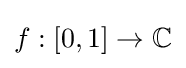
f:[0,1]\to \mathbb {C}